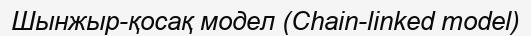
Шынжыр-қосақ модел (Chain-linked model)